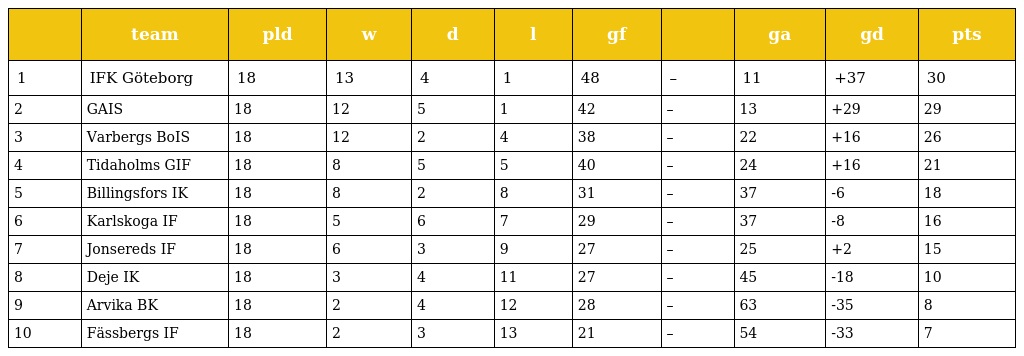
|  | team | pld | w | d | l | gf |  | ga | gd | pts |
 | --- | --- | --- | --- | --- | --- | --- | --- | --- | --- | --- |
 | 1 | IFK Göteborg | 18 | 13 | 4 | 1 | 48 | – | 11 | +37 | 30 |
 | 2 | GAIS | 18 | 12 | 5 | 1 | 42 | – | 13 | +29 | 29 |
 | 3 | Varbergs BoIS | 18 | 12 | 2 | 4 | 38 | – | 22 | +16 | 26 |
 | 4 | Tidaholms GIF | 18 | 8 | 5 | 5 | 40 | – | 24 | +16 | 21 |
 | 5 | Billingsfors IK | 18 | 8 | 2 | 8 | 31 | – | 37 | -6 | 18 |
 | 6 | Karlskoga IF | 18 | 5 | 6 | 7 | 29 | – | 37 | -8 | 16 |
 | 7 | Jonsereds IF | 18 | 6 | 3 | 9 | 27 | – | 25 | +2 | 15 |
 | 8 | Deje IK | 18 | 3 | 4 | 11 | 27 | – | 45 | -18 | 10 |
 | 9 | Arvika BK | 18 | 2 | 4 | 12 | 28 | – | 63 | -35 | 8 |
 | 10 | Fässbergs IF | 18 | 2 | 3 | 13 | 21 | – | 54 | -33 | 7 |